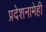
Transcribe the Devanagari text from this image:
प्रदेशनामेही